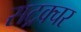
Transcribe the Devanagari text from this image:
सट्रक्चर